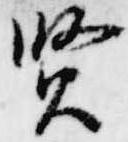
賢